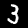
Digit: 3